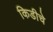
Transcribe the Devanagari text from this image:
किडीचे